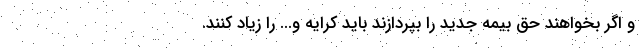
و اگر بخواهند حق بيمه جديد را بپردازند بايد كرايه و... را زياد كنند.